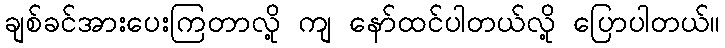
ချစ်ခင်အားပေးကြတာလို့ ကျ နော်ထင်ပါတယ်လို့ ပြောပါတယ်။